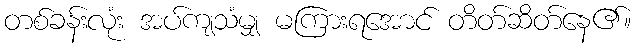
တစ်ခန်းလုံး အပ်ကျသံမျှ မကြားရအောင် တိတ်ဆိတ်နေ၏။